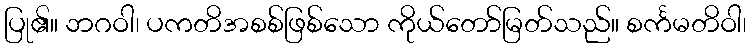
ပြု၏။ ဘဂဝါ၊ ပကတိအစစ်ဖြစ်သော ကိုယ်တော်မြတ်သည်။ စင်္ကမတိဝါ၊